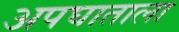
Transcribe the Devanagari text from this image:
अपघाताला